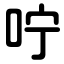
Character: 咛